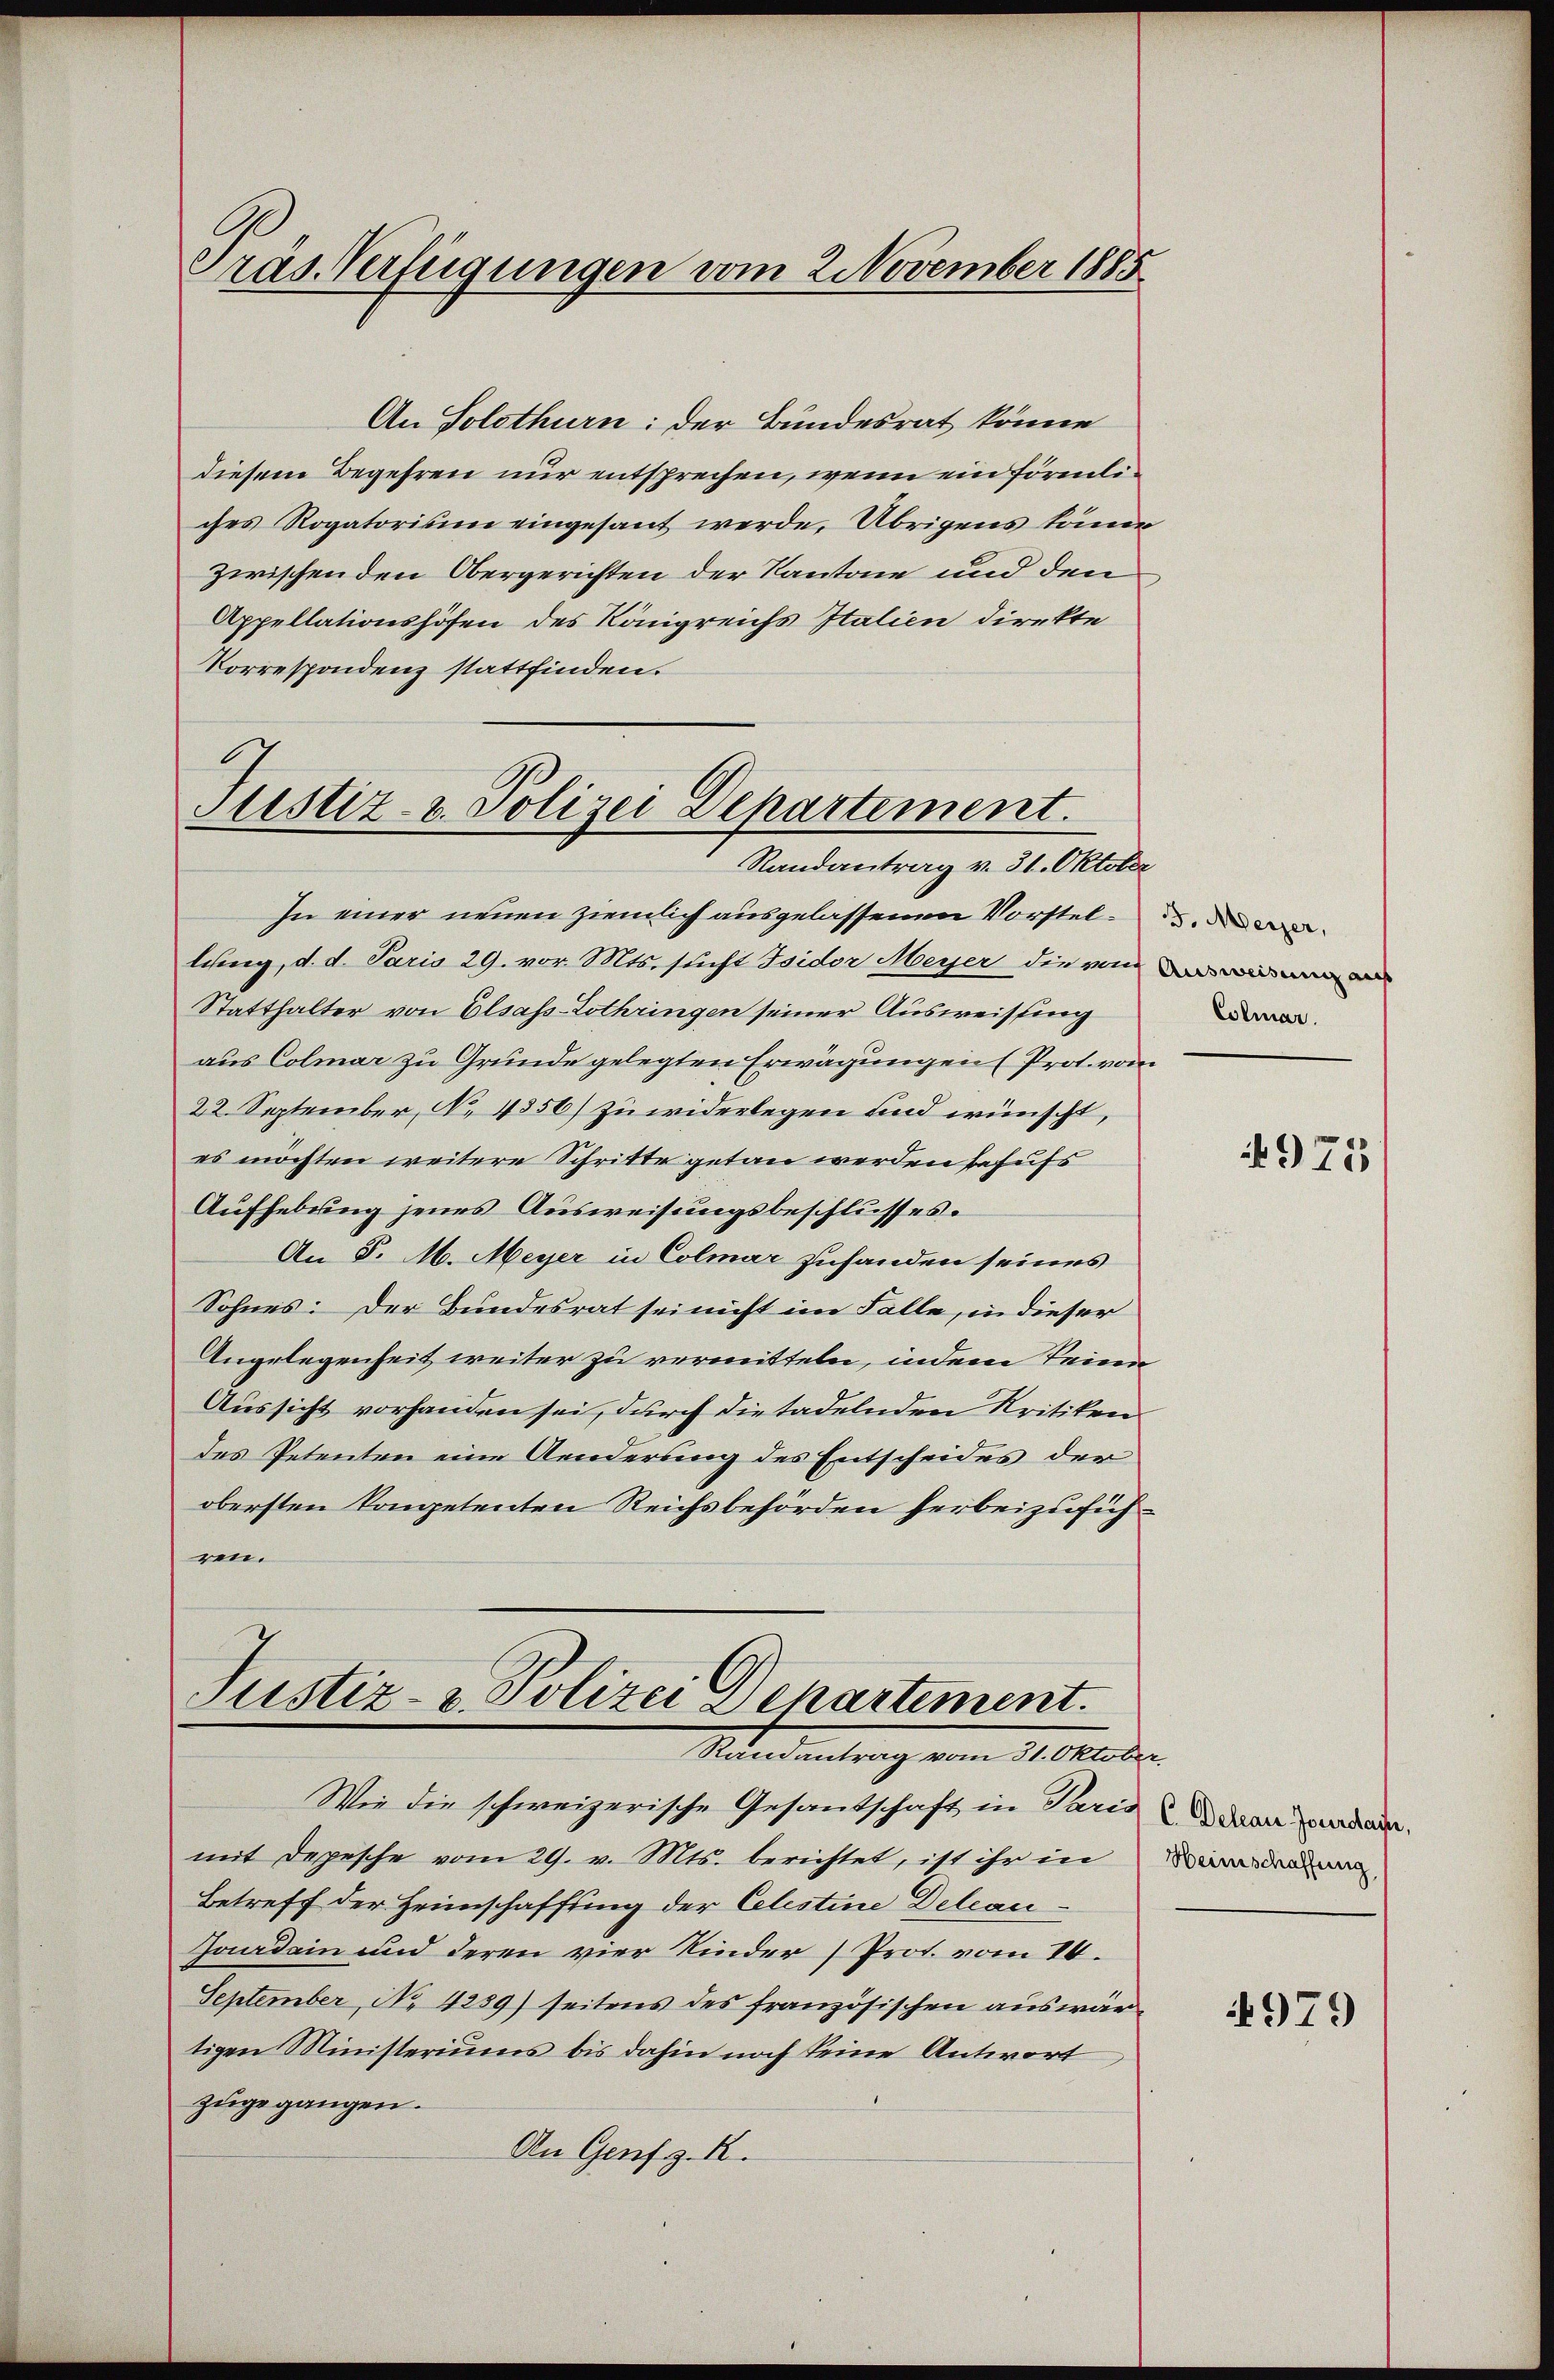
Präs. Verfügungen vom 2. November 1885

An Solothurn: der Bundesrat könne
diesem Begehren nur entsprechen, wenn ein förmliches Rogatorium eingesant werde. Übrigens köne
zwischen den Obergerichten der Kantone und den
Appellationshöfen des Königreichs Italien direkte
Korrespondenz stattfinden.

Justiz- u. Polizei Departement.
Randantrag v. 31. Oktober

In einer neuen ziemlich ausgelassenen Vorstel-
lung, d. d. Paris 29. vor. Mts. sucht Isidor Meyer die vom
Statthalter von Elsass-Lothringen seiner Ausweissung
aus Colmar zu Gründe gelegten Erwägungen (Prot. vom
22. September, No. 4356) zu widerlegen und wünscht,
es möchten weitere Schritte getan werden behufs
Aufhebung jenes Ausweisungsbeschlusses.
An 5. M. Meyer in Colmar zuhanden seines
Sohnes: Der Bundesrat sei nicht im Falle, in dieser
Angelegenheit weiter zu vermitteln, indem keine
Aussicht vorhanden sei, durch die tadelnden Kritiken
des Petenten eine Aenderung des Entscheides der
obersten kompetenten Reichsbehörden herbeizuführen.

Justiz- & Polizei Departement.
Mandantrag von Seider

Wie die schweizerische Gesandschaft in Paris dann da
mit Depesche vom 29. v. Mts. berichtet, ist ihr in
Betreff der Heimschaffung der Celestine Delcau
Handein und deren vier Kinder (Prot. vom 4.
September, No. 4259) seitens des französischen auswärtigen Ministeriums bis dahin noch keine Antwort
zugegangen.
An Genf z. B.

Colmar.

4975

Heimschaffung

979